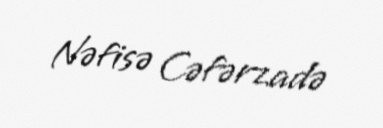
Nəfisə Cəfərzadə